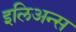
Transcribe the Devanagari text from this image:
इलिअन्स